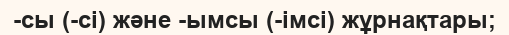
-сы (-сі) және -ымсы (-імсі) жұрнақтары;